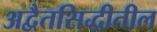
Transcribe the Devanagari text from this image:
अद्वैतसिद्धीतील